Tartu_Kolgata_baptistikogudus, lk 5
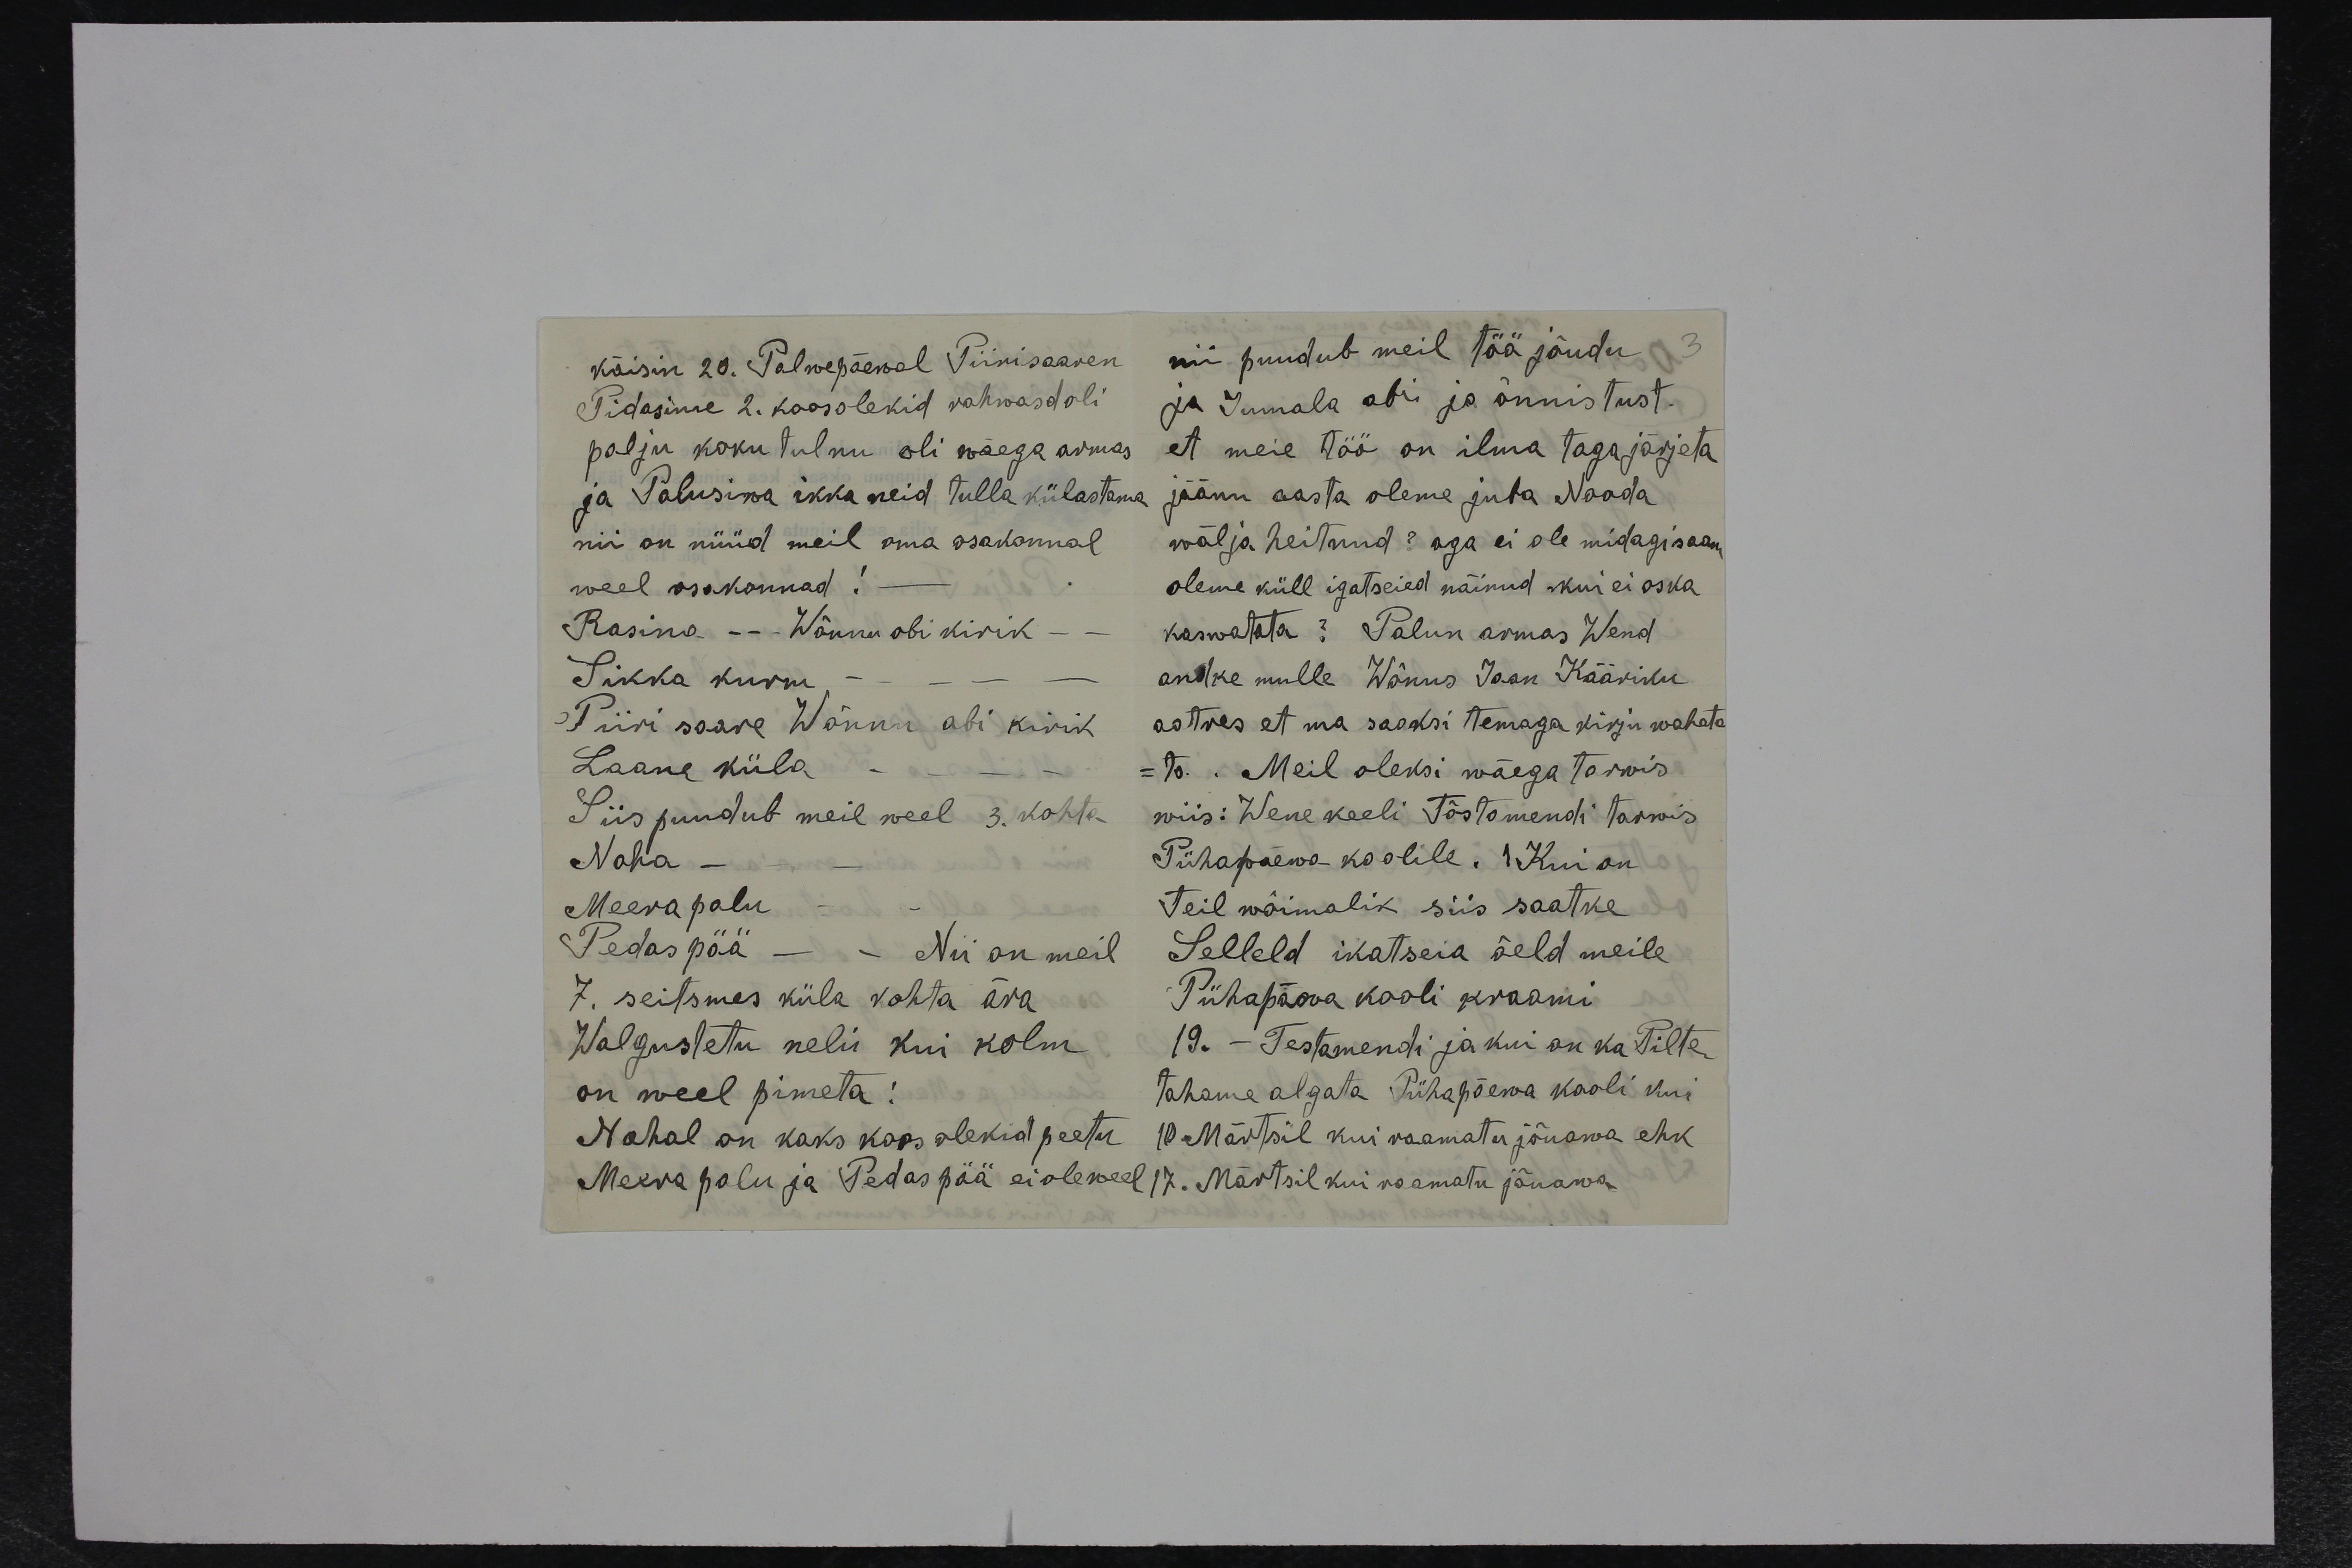
käisin 20. Palwepäewal Piirisaaren
Pidasime 2. koosolekid rahwasd oli
palju koku tulnu oli wäega armas
ja Palusiwa ikka neid tulla külastama
nii on nüüd meil oma osakonnal
weel osakonnad!
Rasina - Wõnnu abi kirik -
Sikka kurm
Piiri saare Wõnnu abi kirik
Laane küla
Siis puudub meil weel 3. kohta
Naha
Meerapalu
Pedaspää
Nii on meil
7. seitsmes küla kohta ära
Walgustetu neli kui kolm
on weel pimeta!
Nahal on kaks koos olekid peetu
Meerapalu ja Pedaspää ei ole weel

nii puudub meil töö jõudu 3
ja Jumala abi ja õnnistust.
et meie töö on ilma tagajärjeta
jäänu aasta oleme juba Nooda
wälja heitnud; aga ei ole midagi saan,
oleme küll igatseied näinud kui ei oska
kaswatata? Palun armas Wend
andke mulle. Wõnus Jaan Kääriku
aatres et ma saaksi temaga kirju waheta
-ta. Meil oleksi wäega tarwis
wiis: Wene keeli Tõstomendi tarwis
Pühapäewa koolile. 1 Kui on
Teil wõimalik siis saatke
Selleld ikatseia õeld meile
Pühapäeva kooli kraami
19. - Testamenti ja kui on ka Pilte
tahame algata Pühapäewa kooli kui
10 Märtsil kui raamatu jõuawa ehk
17. Märtsil kui raamatu jõuawa